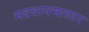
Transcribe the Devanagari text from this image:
मदवानमास्तर